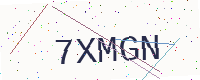
Text: 7XMGN